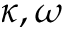
\kappa , \omega